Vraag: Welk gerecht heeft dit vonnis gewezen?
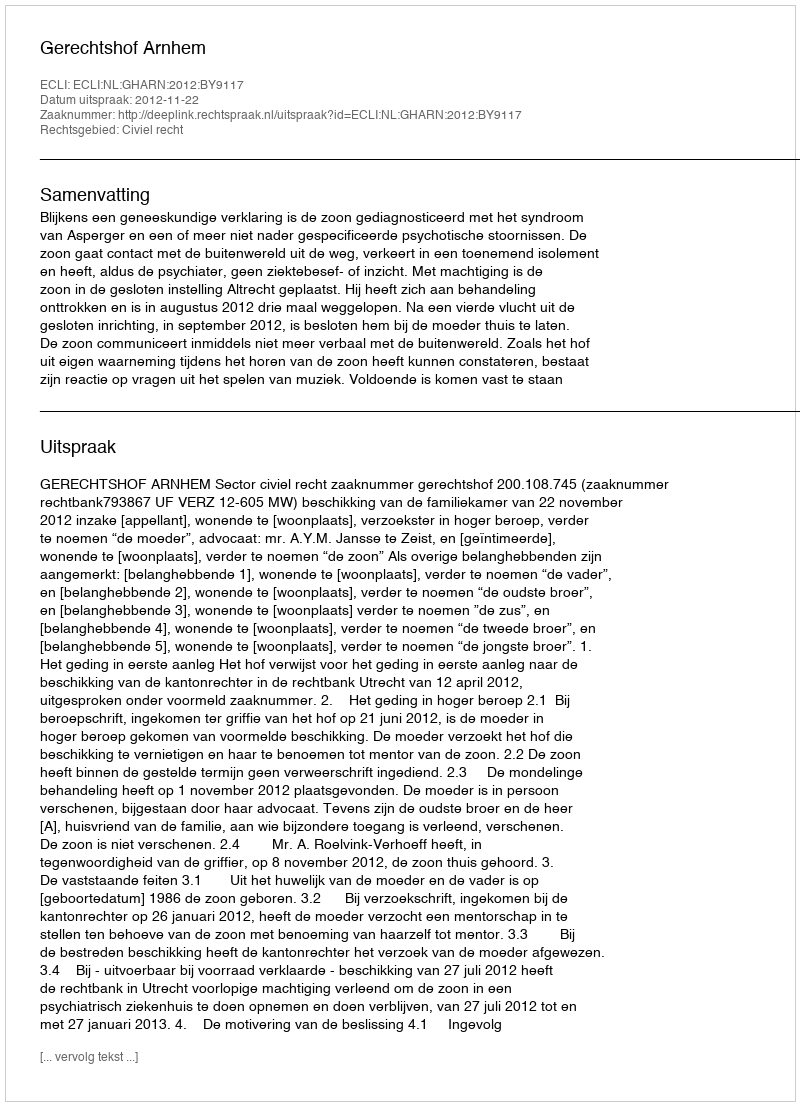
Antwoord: Gerechtshof Arnhem